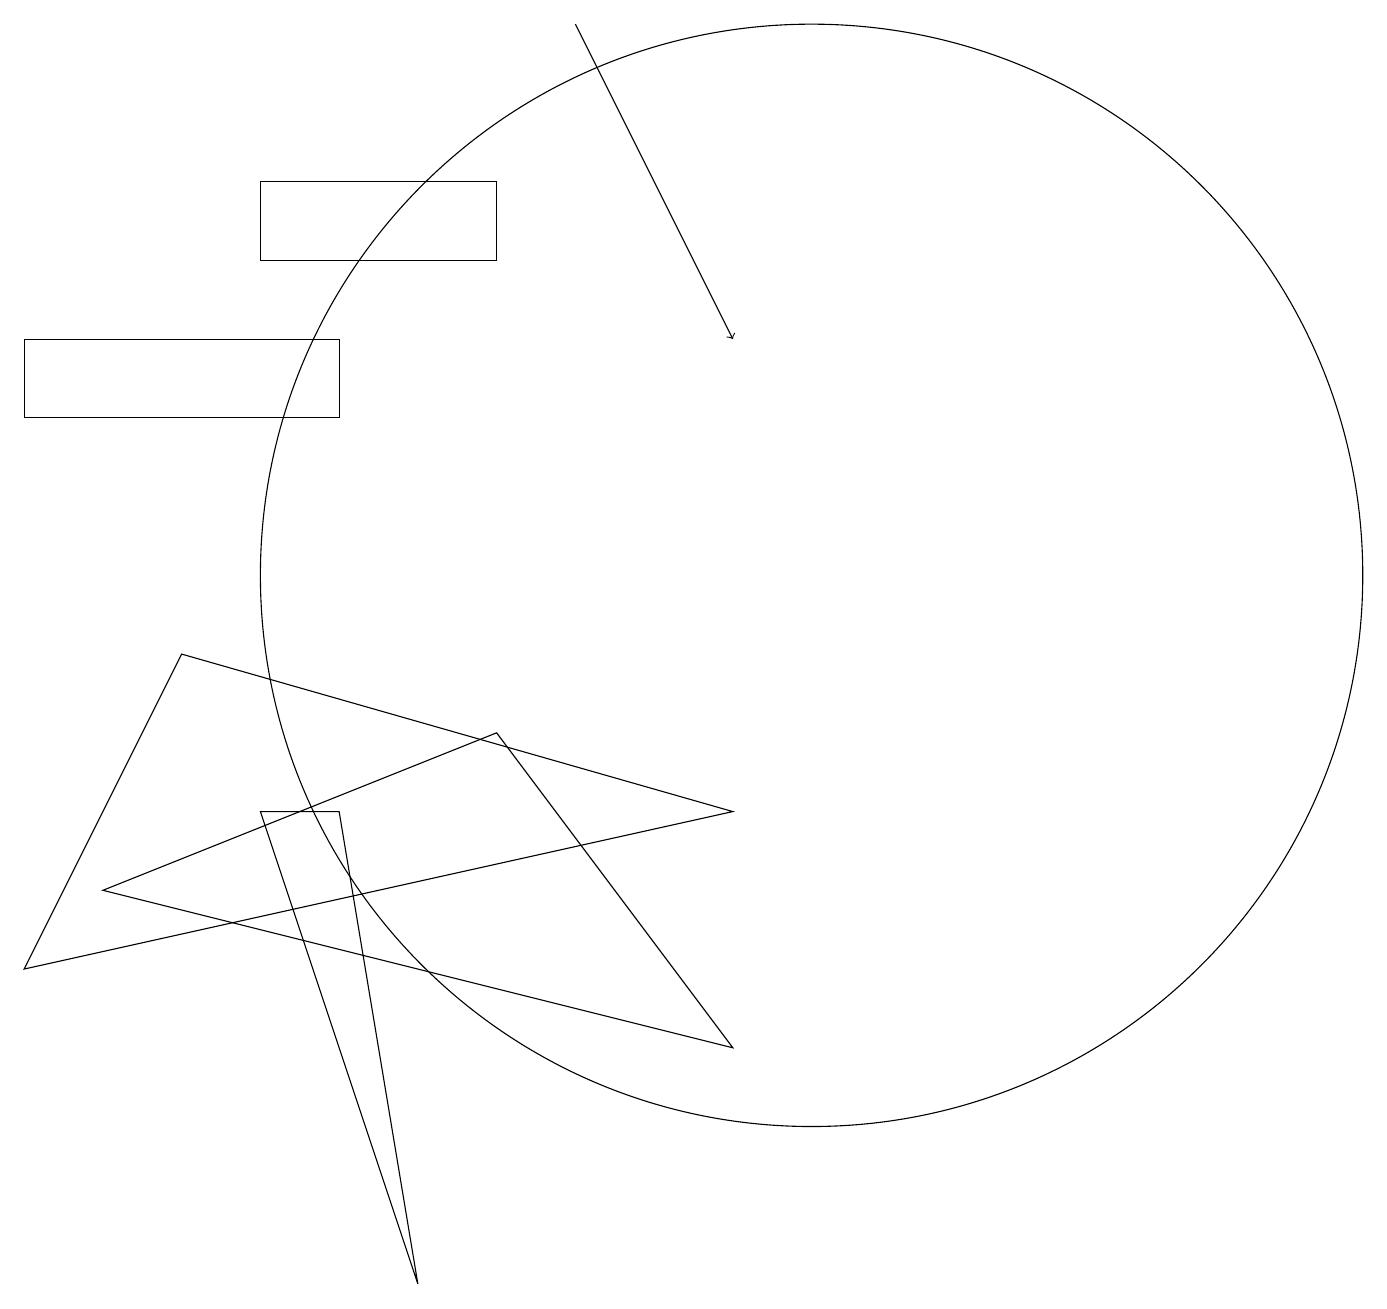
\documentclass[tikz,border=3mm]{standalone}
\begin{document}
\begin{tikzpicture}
\draw (10,10) circle (7);
\draw (4,12) rectangle (0,13);
\draw (0,5) -- (2,9) -- (9,7) -- cycle;
\draw[->] (7,17) -- (9,13);
\draw (5,1) -- (3,7) -- (4,7) -- cycle;
\draw (9,4) -- (1,6) -- (6,8) -- cycle;
\draw (6,15) rectangle (3,14);
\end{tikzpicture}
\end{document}